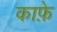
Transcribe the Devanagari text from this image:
काफ़े